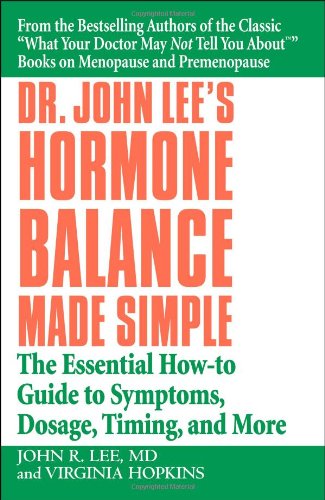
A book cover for Dr. John Lee's Hormone Balance Made Simple: The Essential How-to Guide to Symptoms, Dosage, Timing, and More; John R. Lee; Health, Fitness & Dieting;